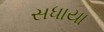
સધાયા